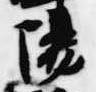
陽